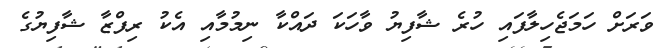
ވަރަށް ހަމަޖެހިލާފައި ހުރެ ޝާފިޔު ވާހަކަ ދައްކާ ނިމުމާއި އެކު ރިފްޒާ ޝާފިޔުގެ